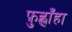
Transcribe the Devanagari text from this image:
फ़ुह्लाँहा